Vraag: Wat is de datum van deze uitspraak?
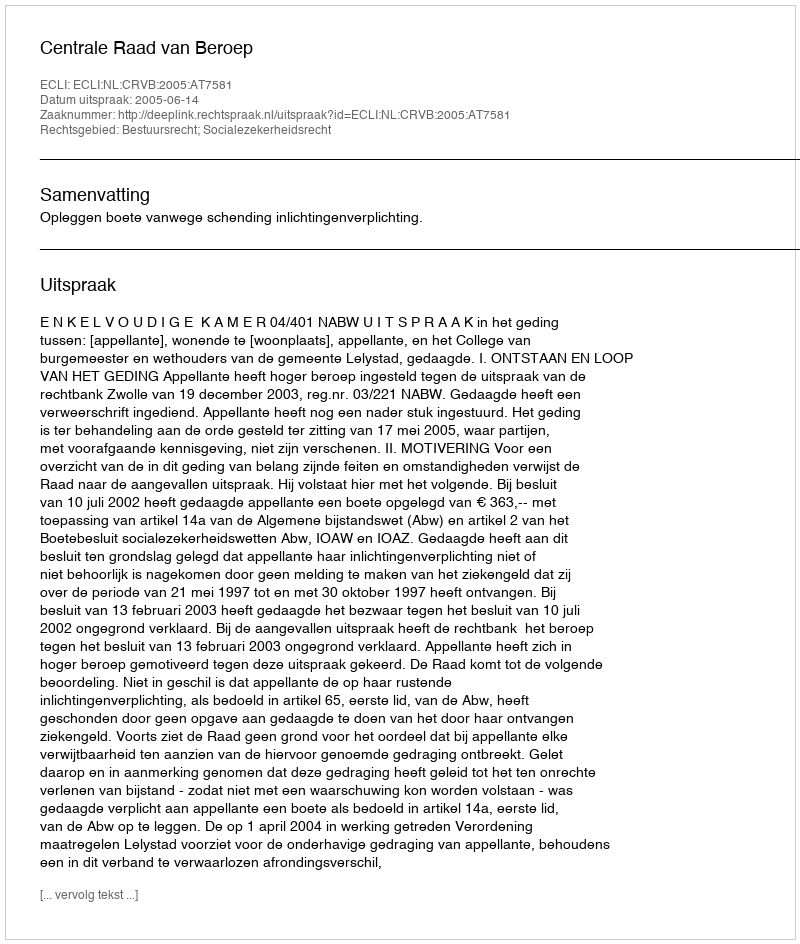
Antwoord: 2005-06-14